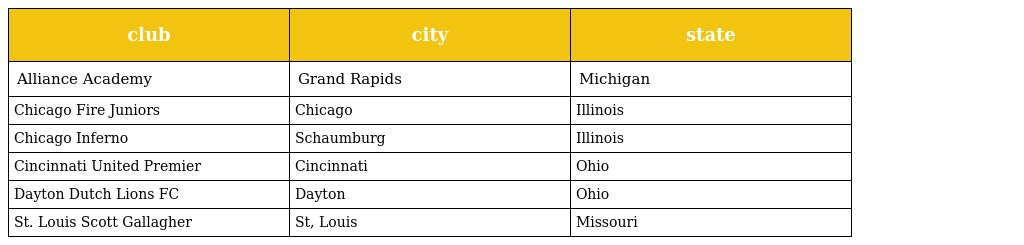
| club | city | state |
 | --- | --- | --- |
 | Alliance Academy | Grand Rapids | Michigan |
 | Chicago Fire Juniors | Chicago | Illinois |
 | Chicago Inferno | Schaumburg | Illinois |
 | Cincinnati United Premier | Cincinnati | Ohio |
 | Dayton Dutch Lions FC | Dayton | Ohio |
 | St. Louis Scott Gallagher | St, Louis | Missouri |